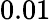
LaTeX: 0.01